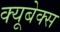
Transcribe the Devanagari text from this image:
क्यूबेक्स